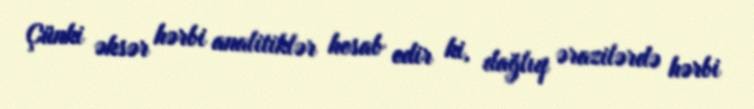
Çünki əksər hərbi analitiklər hesab edir ki, dağlıq ərazilərdə hərbi